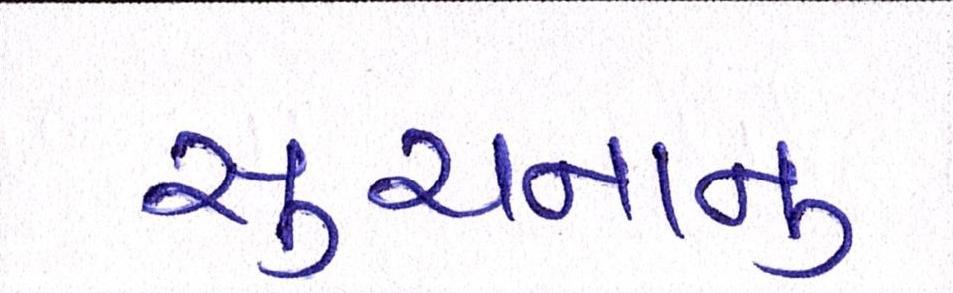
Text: સુચનાનુ